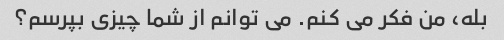
بله، من فکر می کنم. می توانم از شما چیزی بپرسم؟